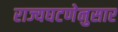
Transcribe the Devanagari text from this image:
राज्यघटणेनुसार